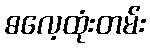
ဓလေ့ထုံးတမ်း